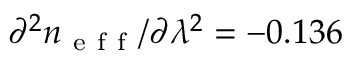
\partial ^ { 2 } n _ { \mathrm { ~ e ~ f ~ f ~ } } / \partial \lambda ^ { 2 } = - 0 . 1 3 6